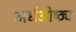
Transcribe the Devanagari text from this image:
अर्धओष्ठ्य